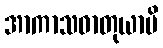
အာကာသဓာတုယာပိ